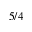
5 / 4